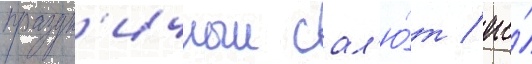
праздн'ичныи сал'ю́т / его́